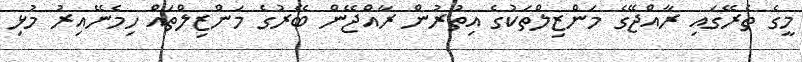
މީގެ ތެރޭގައި ރާއްޖޭގެ މަންޒިލްތަކުގެ އިތުރުން ރާއްޖޭން ބޭރުގެ މަންޒިލްތައް ހިމެނޭއިރު މުޅި